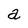
Character: a